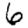
Digit: 6